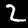
Digit: 2